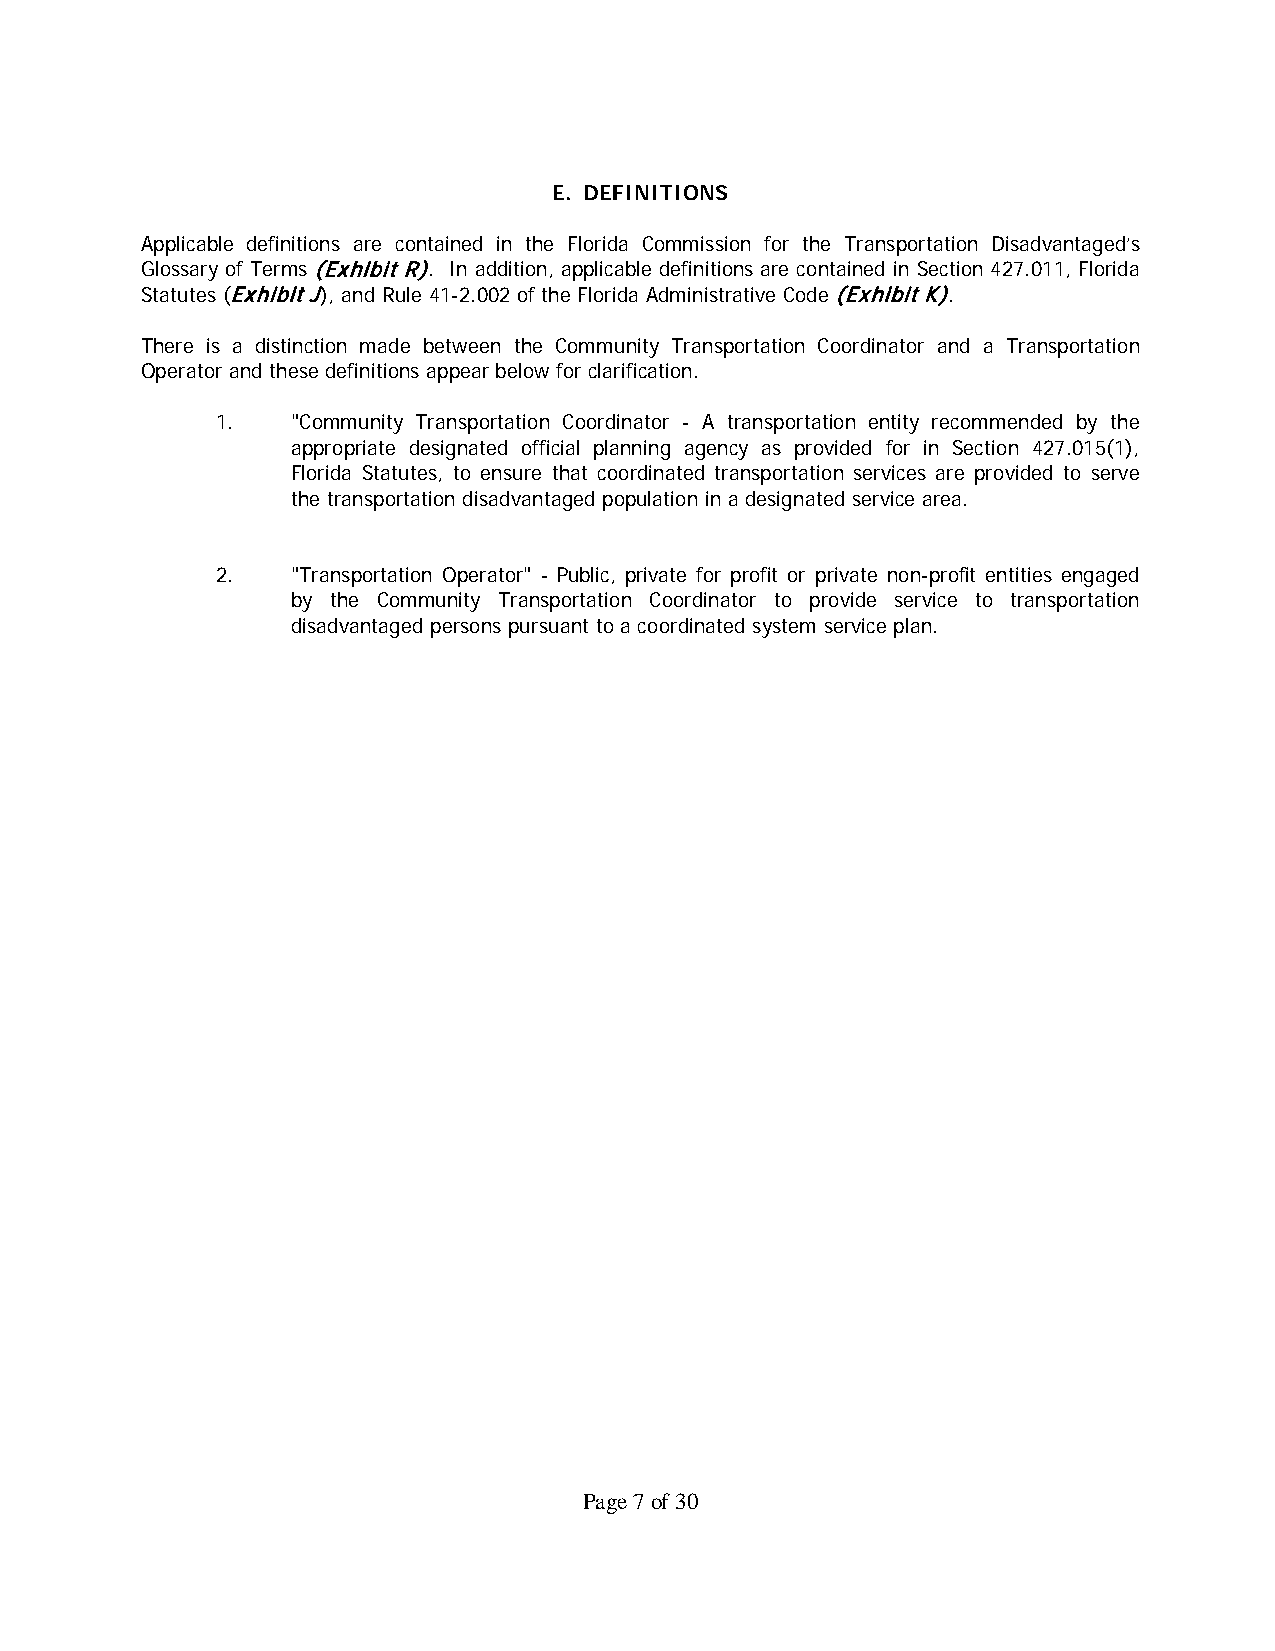
E. DEFINITIONS
 Applicable definitions are contained in the Florida Commission for the Transportation Disadvantaged’s
 Glossary of Terms (Exhibit R). In addition, applicable definitions are contained in Section 427.011, Florida
 Statutes (Exhibit J), and Rule 41-2.002 of the Florida Administrative Code (Exhibit K).
 There is a distinction made between the Community Transportation Coordinator and a Transportation
 Operator and these definitions appear below for clarification.
 1.   "Community Transportation Coordinator - A transportation entity recommended by the
 appropriate designated official planning agency as provided for in Section 427.015(1),
 Florida Statutes, to ensure that coordinated transportation services are provided to serve
 the transportation disadvantaged population in a designated service area.
 2.   "Transportation Operator" - Public, private for profit or private non-profit entities engaged
 by the Community Transportation Coordinator to provide service to transportation
 disadvantaged persons pursuant to a coordinated system service plan.
 Page 7 of 30